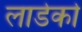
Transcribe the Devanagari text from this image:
लाडेको